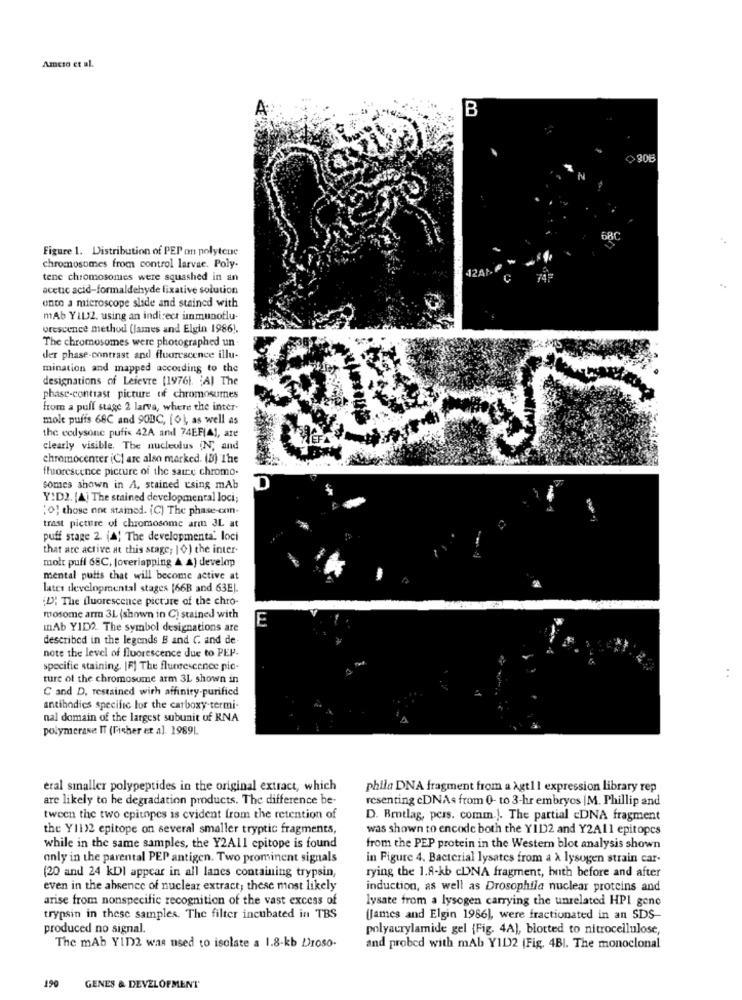
Ameto et al.
B
30B
Figure 1. Distribution of PEP on polytene
chromosomes from control larvae. Poly-
12AL-
tene chromosomes were squashed in an
74F
acetic acid-formaldehyde fixative solution
onto a microscope slide and stained with
mAb YIL2. using an indirect immunoflu-
orescence method (james and Elgin 1986).
The chromosomes were photographed un-
der phase-contrast and fluorescence illu-
mination and mapped according to the
designations of Lefevre [19761. 'A) The
phase-contrast picture of chromosumes
from a pull stage 2 larva, where the inter
mole puffs 68C and 90BC, [0], as well as
the codysone pufix 42A and 74EFIAI, ate
clearly visible. The nucleolus (N; and
chromocenter (C) are also marked. (B) The
fluorescence picture of the saire chromo.
D
somes shown in A, stained using mAb
Y:D2. [A] The stained developmental loci;
" 0} those not stamed. (C) The phase-coin-
trast picture of chromosome arm 3L at
puff stage 2. (A! The developmenta. loci
that are active at this stage; 10) the inter-
molt puff 68C, [overiapping A A) develop
mental puits that will become active at
lates developmental stages [66B and 63E].
¿D"; The fluorescence picture of the chro-
mosome arm 3L (shown in C) stained with
E
mAb YID2. The symbol designations are
described in the legends B and C. and de
note the level of fluorescence due to PEP-
specific staining. [F] The fluorescence pic-
ture of the chromosome arm 3L shown in
C and D, restained with affinity-purified
antibodies specific lor the carboxy termi-
nal domain of the largest subunit of RNA
polymerase IT (Fisher et al. 19891.
eral smaller polypeptides in the original extract, which
phila DNA fragment from a Agt11 expression library rep
are likely to he degradation products. The difference be-
resenting cDNAs from 0- to 3-hr embryos |M. Phillip and
tween the two epitopes is evident from the retention of
D. Brotlag, pers. comm.). The partial cDNA fragment
the Y11)2 epitope on several smaller tryptic fragments,
was shown to encode both the YID2 and Y2A11 epitopes
while in the same samples, the Y2All epitope is found
from the PEP protein in the Western blot analysis shown
only in the parental PEP antigen. Two prominent signals
in Figure 4. Bacterial lysates from a à lysogen strain car-
(20 and 24 kDI appear in all lanes containing trypsin,
rying the 1.8-kb cDNA fragment, hnth before and after
even in the absence of nuclear extract; these most likely
induction, as well as Drosophila nuclear proteins and
arise from nonspecific recognition of the vast excess of
lysate from a lysogen carrying the unrelated HPI gene
trypsin in these samples. The filter incubated in TBS
(James and Elgin 1986), were fractionated in an SDS-
produced no signal.
polyacrylamide gel (Fig. 4A), blotted to nitrocellulose,
The mAb YID2 was used to isolate a 1.8-kb Droso-
and probed with mAb YID2 (Fig. 4BI. The monoclonal
190
GENES & DEVELOPMENT